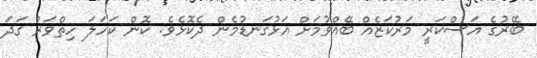
ބޭރުގެ އަސްކަރީ މަރުކަޒެއް ބޭއްވުމަށް އަޅުގަނޑުމެން ދެކޮޅެވެ. ކޮން ކަހަލަ ހިތްވަރު ގަދަ